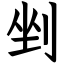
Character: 剉